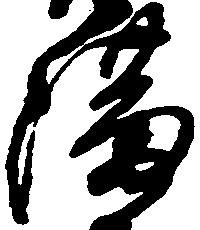
満